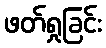
ဖတ်ရှုခြင်း